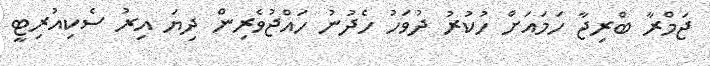
ޖަމްރާ ބްރިޖާ ހަމައަށް ހުކުރު ދުވަހު ހެދުނު ހައްޖުވެރިން ދިޔަ އިރު ސެކިއުރިޓީ